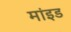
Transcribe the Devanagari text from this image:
मांइड